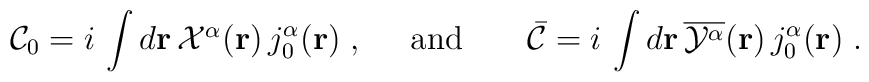
{\cal C}_{0}=i\,\int d{\bf{r}}\,{\textstyle {\cal X}^{\alpha}}({\bf r})\,j_{0}^{\alpha}({\bf r})\;,\;\;\;\;\;\mbox{and}\;\;\;\;\;\;\;{\bar {\cal C}}=i\,\int d{\bf{r}}\,\overline{{\cal Y}^{\alpha}}({\bf r})\,j_{0}^{\alpha}({\bf r})\;.